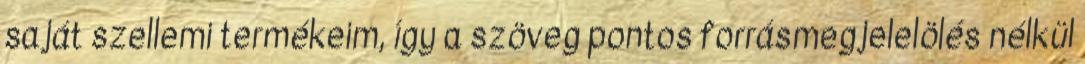
saját szellemi termékeim, így a szöveg pontos forrásmegjelelölés nélkül